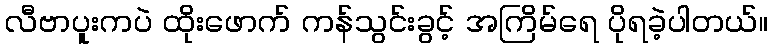
လီဗာပူးကပဲ ထိုးဖောက် ကန်သွင်းခွင့် အကြိမ်ရေ ပိုရခဲ့ပါတယ်။